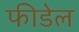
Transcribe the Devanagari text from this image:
फीडेल